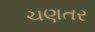
ચણતર